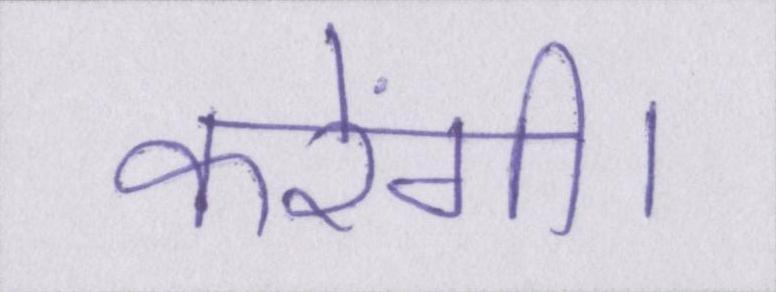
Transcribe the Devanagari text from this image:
करेंगी।